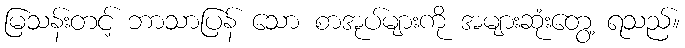
မြသန်းတင့် ဘာသာပြန် သော စာအုပ်များကို အများဆုံးတွေ့ ရသည်။